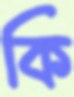
কি